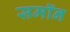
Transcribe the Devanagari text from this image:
समॉन